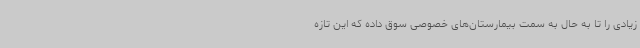
زیادی را تا به حال به سمت بیمارستان‌های خصوصی سوق داده که این تازه